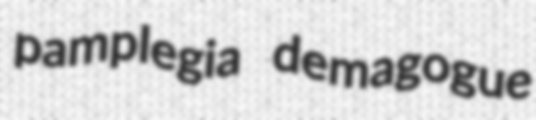
pamplegia demagogue